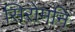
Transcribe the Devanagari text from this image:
सिरोमनि